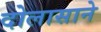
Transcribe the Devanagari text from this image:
दोलासाने